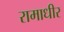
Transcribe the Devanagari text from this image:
रामाधीर